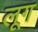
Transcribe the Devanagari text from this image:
लूग